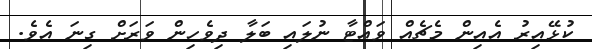
ކުޅޭއިރު އެއިން މެޗެއް ވައްޓާ ނުލައި ބަލާ ދިވެހިން ވަރަށް ގިނަ އެވެ.